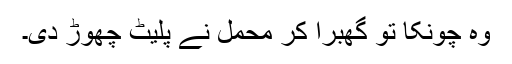
وہ چونکا تو گھبرا کر محمل نے پلیٹ چھوڑ دی۔